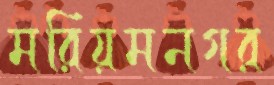
মরিয়মনগর